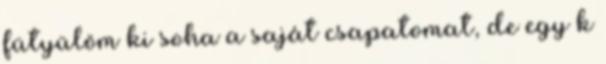
fütyülöm ki soha a saját csapatomat, de egy k